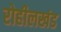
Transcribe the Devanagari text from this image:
रोहीलखंड